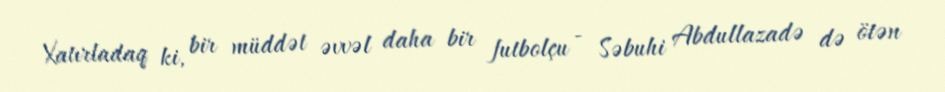
Xatırladaq ki, bir müddət əvvəl daha bir futbolçu - Səbuhi Abdullazadə də ötən